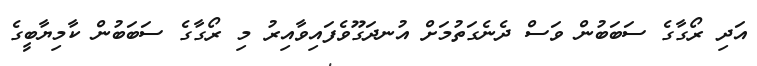
އަދި ރޯގާގެ ސަބަބުން ވަސް ދެނެގަތުމަށް އުނދަގޫވެފައިވާއިރު މި ރޯގާގެ ސަބަބުން ކާމިޔާބީގެ